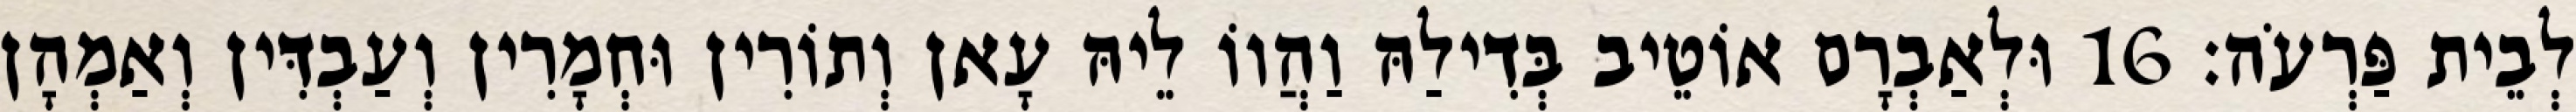
לְבֵית פַּרְעֹה׃ 16 וּלְאַבְרָם אוֹטֵיב בְּדִילַהּ וַהֲווֹ לֵיהּ עָאן וְתוֹרִין וּחְמָרִין וְעַבְדִּין וְאַמְהָן